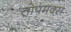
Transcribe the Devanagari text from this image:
तोपमक्स